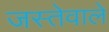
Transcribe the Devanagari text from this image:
जस्तेवाले